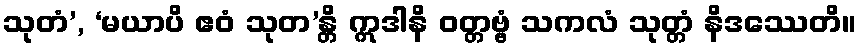
သုတံ’, ‘မယာပိ ဧဝံ သုတ’န္တိ ဣဒါနိ ဝတ္တဗ္ဗံ သကလံ သုတ္တံ နိဒဿေတိ။